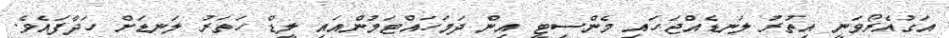
އަގުއެރޯވަނީ އިތުރު ލަނޑެއްޖަހައި މެންސިޓީ އިން ދަމަހައްޓަމުންއައި ލީޑް ހަތަރު ލަނޑަށް ހަދާފައެވެ.